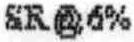
SR @6%